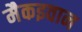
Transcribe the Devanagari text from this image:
मैकइवान